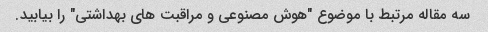
سه مقاله مرتبط با موضوع "هوش مصنوعی و مراقبت های بهداشتی" را بیابید.